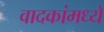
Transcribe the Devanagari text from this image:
वादकांमध्ये